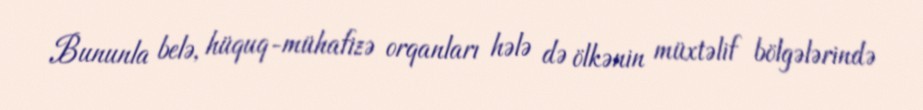
Bununla belə, hüquq-mühafizə orqanları hələ də ölkənin müxtəlif bölgələrində